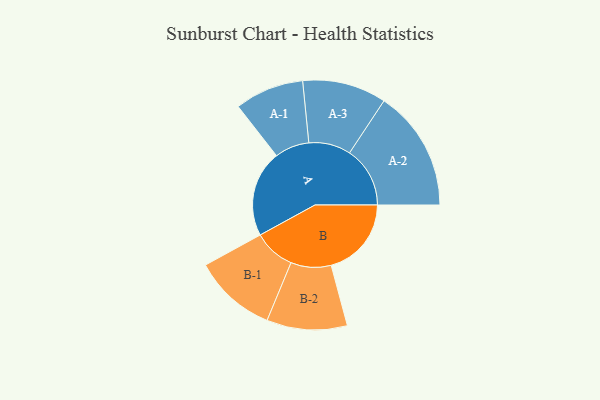
{"axis": {"x": "Segment", "y": "Value"}, "legend": ["", "A", "B"], "data": [{"x": "A", "y": 350, "type": ""}, {"x": "B", "y": 325, "type": ""}, {"x": "A-1", "y": 140, "type": "A"}, {"x": "A-2", "y": 245, "type": "A"}, {"x": "A-3", "y": 170, "type": "A"}, {"x": "B-1", "y": 168, "type": "B"}, {"x": "B-2", "y": 163, "type": "B"}]}